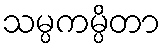
သမ္ပကမ္ပိတာ